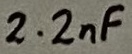
Text: 2.2nF